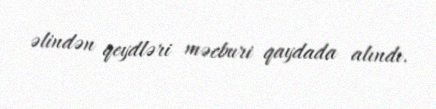
əlindən qeydləri məcburi qaydada alındı.